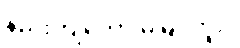
နည်းကျတော့ မမြင်ဘူး။